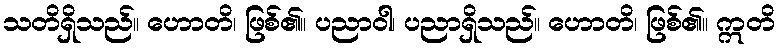
သတိရှိသည်။ ဟောတိ၊ ဖြစ်၏။ ပညာဝါ၊ ပညာရှိသည်။ ဟောတိ၊ ဖြစ်၏။ ဣတိ